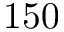
1 5 0